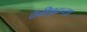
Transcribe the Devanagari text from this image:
देवीपुढच्या